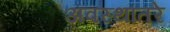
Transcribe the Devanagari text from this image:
अवस्थांतरे